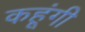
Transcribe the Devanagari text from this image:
कहूंगी